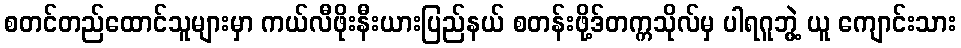
စတင်တည်ထောင်သူများမှာ ကယ်လီဖိုးနီးယားပြည်နယ် စတန်းဖို့ဒ်တက္ကသိုလ်မှ ပါရဂူဘွဲ့ ယူ ကျောင်းသား